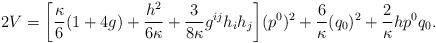
LaTeX: \begin{align*}2V=\bigg[ \frac{\kappa}{6}(1+4g)+\frac{h^2}{6\kappa}+\frac{3}{8\kappa}g^{ij}h_ih_j\bigg](p^0)^2+\frac{6}{\kappa}(q_0)^2+\frac{2}{\kappa}hp^0q_0.\end{align*}